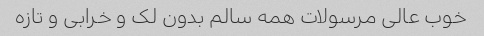
خوب عالی مرسولات همه سالم بدون لک و خرابی و تازه